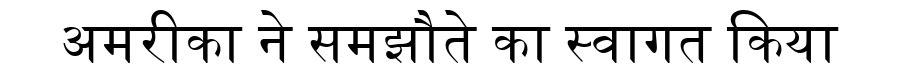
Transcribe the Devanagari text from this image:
अमरीका ने समझौते का स्वागत किया